Memorandum on the prevention of leprosy by segregation of the affected
Disease focus: Leprosy
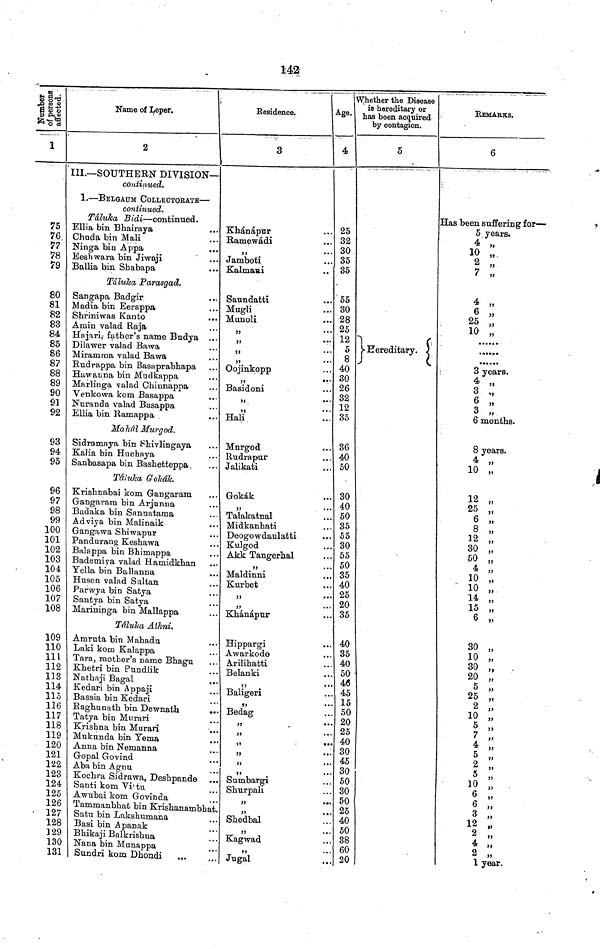
142
Number
of persons
affected.
1
75
76
77
78
79
80
81
82
83
84
85
86
87
88
89
90
91
92
93
94
Name of Leper.
2
III.—SOUTHERN DIVISION—
continued.
1.—BELGAUM COLLECTORATB—
continued.
Táluka Bidi-—continued.
Ellia bin Bhairaya
Chuda bin Mali
Ninga bin Appa
Eeshwara bin Jiwaji
Ballia bin Shabapa
Táluka Parasgad.
Sangapa Badgir
Madia bin Eerappa
Shriniwas Kanto
Amin valad Raja
Hajari,- father's name Budya ...
Dilawer valad Bawa
Miramma valad Bawa
Rudrappa bin Basaprabbapa
Hawanna bin Mudkappa
Marlinga valad Chiunappa
Venkowa kom Basappa
Nuranda valad Basappa
Ellia bin Ramappa
Mahal Murgod.
Sidramaya bin Shivlingaya
Kalia bin Huchaya
95 Sanbasapa bin Bashetteppa
Táluka Gokak.
96 Krisbnabai kom Gangaram
97 Gangaram bin Arjunna
98 Badaka bin Sannatama
99 Adviya bin Malinaik
100 Ganga wa Shiwapur
101 Pandurang Keshawa
102 1 Balappa bin Bhimappa
103 Bademiya valad Hamidkban
104 Yella bin Ballanna
105 Husen valad Saltan
106 Parwya bin Satya
107 Santya bin Satya
108 Marininga bin Mallappa
Táluka Athni.
109 1 Amruta bin Mabada
110 Laki kom Kalappa
111 Tara, mother's name Bhagu
112 Khetri bin Pundlik
113 Nathaji Bagal
114 Kedari bin Appaji
115 Bassia bin Kedari
116 Baghunath bin Dewnath
.
117 Tatya bin Murari
118 Krishna bin Murari
119 Mukunda bin Yema
120 Anna bin Neruanna
121 GopalGovind
122 Aba bin Agnu
123 Kochra Sidrawa, Deshpande
124 Santi kom Vi'tu
125 Awubai kom Govinda
126 Tammanbhat bin Krisnanambhs
127 Satu bin Lakshumana
128 1 Basi bin Apanak
129 Bhikaji Balkrishna
130 Nana bin Munappa
131 Sundri kom Dhondi
Residence.
3
Khánápur
• • • ;
Ramewádi
Jamboti
Kalmani
Saundatti
Mugli
Munoli
,,
,,
,,
Ooiinkopp
Basidoni
,,
Hali
Murgod
Rudrapur
Jalikati
Gokák
Talakatnal
Midkanhati
Deogowdanlatti
Kulgod
Akk Tangerbal
,,
• Maldinni
. Kurbet
31
,,
•"
• Khánápur
• Hippargi
• Awarkode
• Arilibatti
• Belanki
. • Baligeri
.. Bedag
• •
• •
,,
*
• •
..
•
.. Sumbargi
.. Shurpali
,, •
,,
.. Shedbal
... Kagwad
• • •
3 5
*
.. Jugal
Age.
Whether
the Disease
is hereditary or
has been acquired
by contagion.
4
25
32
30
35
35
55
30
28
25
12
5
8
40
30
26
32
12
35
36
40
50
30
40
50
35
55
30
55
50
35
40
25
20
35
40
35
40
50
46
45
15
50
. 20
. 25
, 40
. 30
. 45
. 30
. 50
. 30
.. 50
.. 25
.. 40
.. 50
.. 38
.. 60
.. 20
Hereditary.
36
REMARKS.
6
Has been suffering for—
5 years.
4 ,,
10 „
2 „
7 „
4
„
6 „
25 „
10 „
3 years.
4 „
3 „
6 „
3 „
6 months.
8 years.
4 „
10 „
12 „
25 „
6 „
8 „
12 „
30 „
50 „
4 „
10 „
10 „
14 „
15 „
6 „
30 „
10 „
30 „
20 „
5 »
25 „
2 „
10 „
5 „
7 „
4 „
5 ,,
2 ,,
5 ,,
10 ,,
6 ,,
6 ,,
3 ,,
12 ,,
2 ,,
4 ,,
2 ,,
1 year.